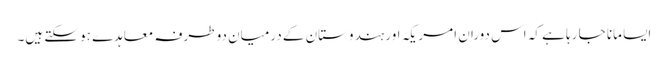
ایسا مانا جا رہا ہے کہ اس دوران امریکہ اور ہندوستان کے درمیان دو طرفہ معاہدے ہو سکتے ہیں۔